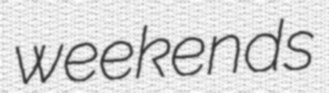
weekends